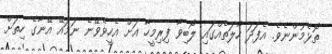
ތޮޅެމުންނެވެ. އެފަދަ ހާލަތެއްގައި ލޯބިވާ ފިރިމީހާ އަށް އެހީވެވޭނެ ނަމައޭ އޭނާގެ ހިތަށް